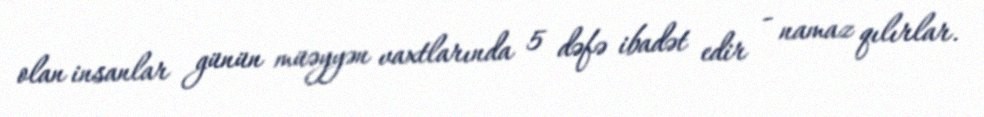
olan insanlar günün müəyyən vaxtlarında 5 dəfə ibadət edir - namaz qılırlar.